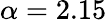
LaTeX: \alpha=2.15